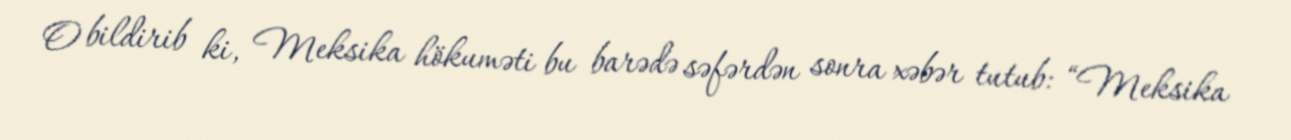
O bildirib ki, Meksika hökuməti bu barədə səfərdən sonra xəbər tutub: “Meksika